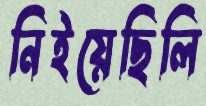
নিইয়েছিলি